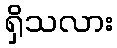
ရှိသလား